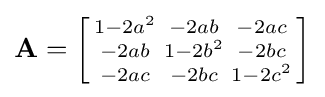
\mathbf {A} =\left[{\begin{smallmatrix}1-2a^{2}&-2ab&-2ac\\-2ab&1-2b^{2}&-2bc\\-2ac&-2bc&1-2c^{2}\end{smallmatrix}}\right]